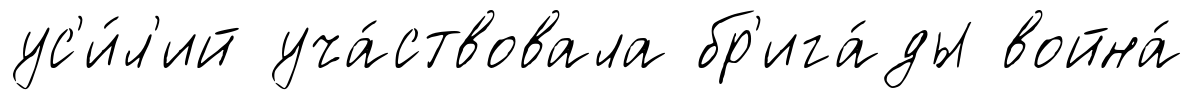
ус'и́л'ий уча́ствовала бр'ига́ды война́